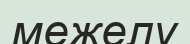
межелу